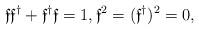
LaTeX: \begin{align*} \mathfrak{f} \mathfrak{f}^{\dagger} + \mathfrak{f}^{\dagger} \mathfrak{f} = 1,\mathfrak{f}^2 = (\mathfrak{f}^{\dagger})^2 = 0, \end{align*}